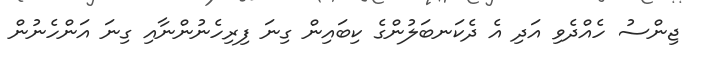
ޖިންސު ހެއްދެވި އަދި އެ ދެކަނބަލުންގެ ކިބައިން ގިނަ ފިރިހެނުންނާއި ގިނަ އަންހެނުން